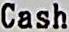
CASH